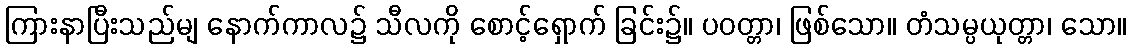
ကြားနာပြီးသည်မျ နောက်ကာလ၌ သီလကို စောင့်ရှောက် ခြင်း၌။ ပဝတ္တာ၊ ဖြစ်သော။ တံသမ္ပယုတ္တာ၊ သော။